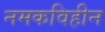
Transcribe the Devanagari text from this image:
नमकविहीन